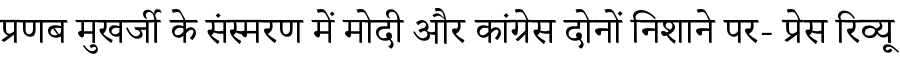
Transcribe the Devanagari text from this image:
प्रणब मुखर्जी के संस्मरण में मोदी और कांग्रेस दोनों निशाने पर- प्रेस रिव्यू